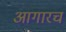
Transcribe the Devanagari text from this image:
आगारच